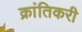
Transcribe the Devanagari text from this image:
क्रांतिकरी